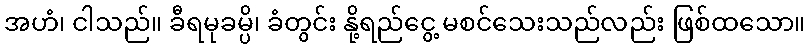
အဟံ၊ ငါသည်။ ခီရမုခမ္ပိ၊ ခံတွင်း နို့ရည်ငွေ့ မစင်သေးသည်လည်း ဖြစ်ထသော။